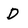
Character: D